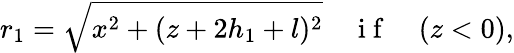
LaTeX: r_{1}=\sqrt{x^{2}+(z+2h_{1}+l)^{2}}\quad\mathrm{~i~f~}\quad(z<0),